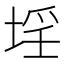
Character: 𡍛